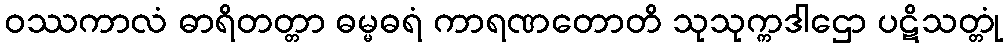
ဝဿကာလံ ဓာရိတတ္တာ ဓမ္မဓရံ ကာရဏတောတိ သုသုက္ကဒါဌော ပဋိသတ္တုံ